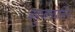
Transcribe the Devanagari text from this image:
बहुजनपल्लि